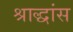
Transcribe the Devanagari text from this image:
श्राद्धांस